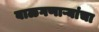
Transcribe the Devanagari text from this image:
बाळगणाऱ्यांचा